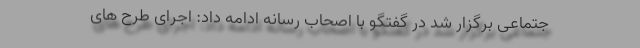
جتماعی برگزار شد در گفتگو با اصحاب رسانه ادامه داد: اجرای طرح های